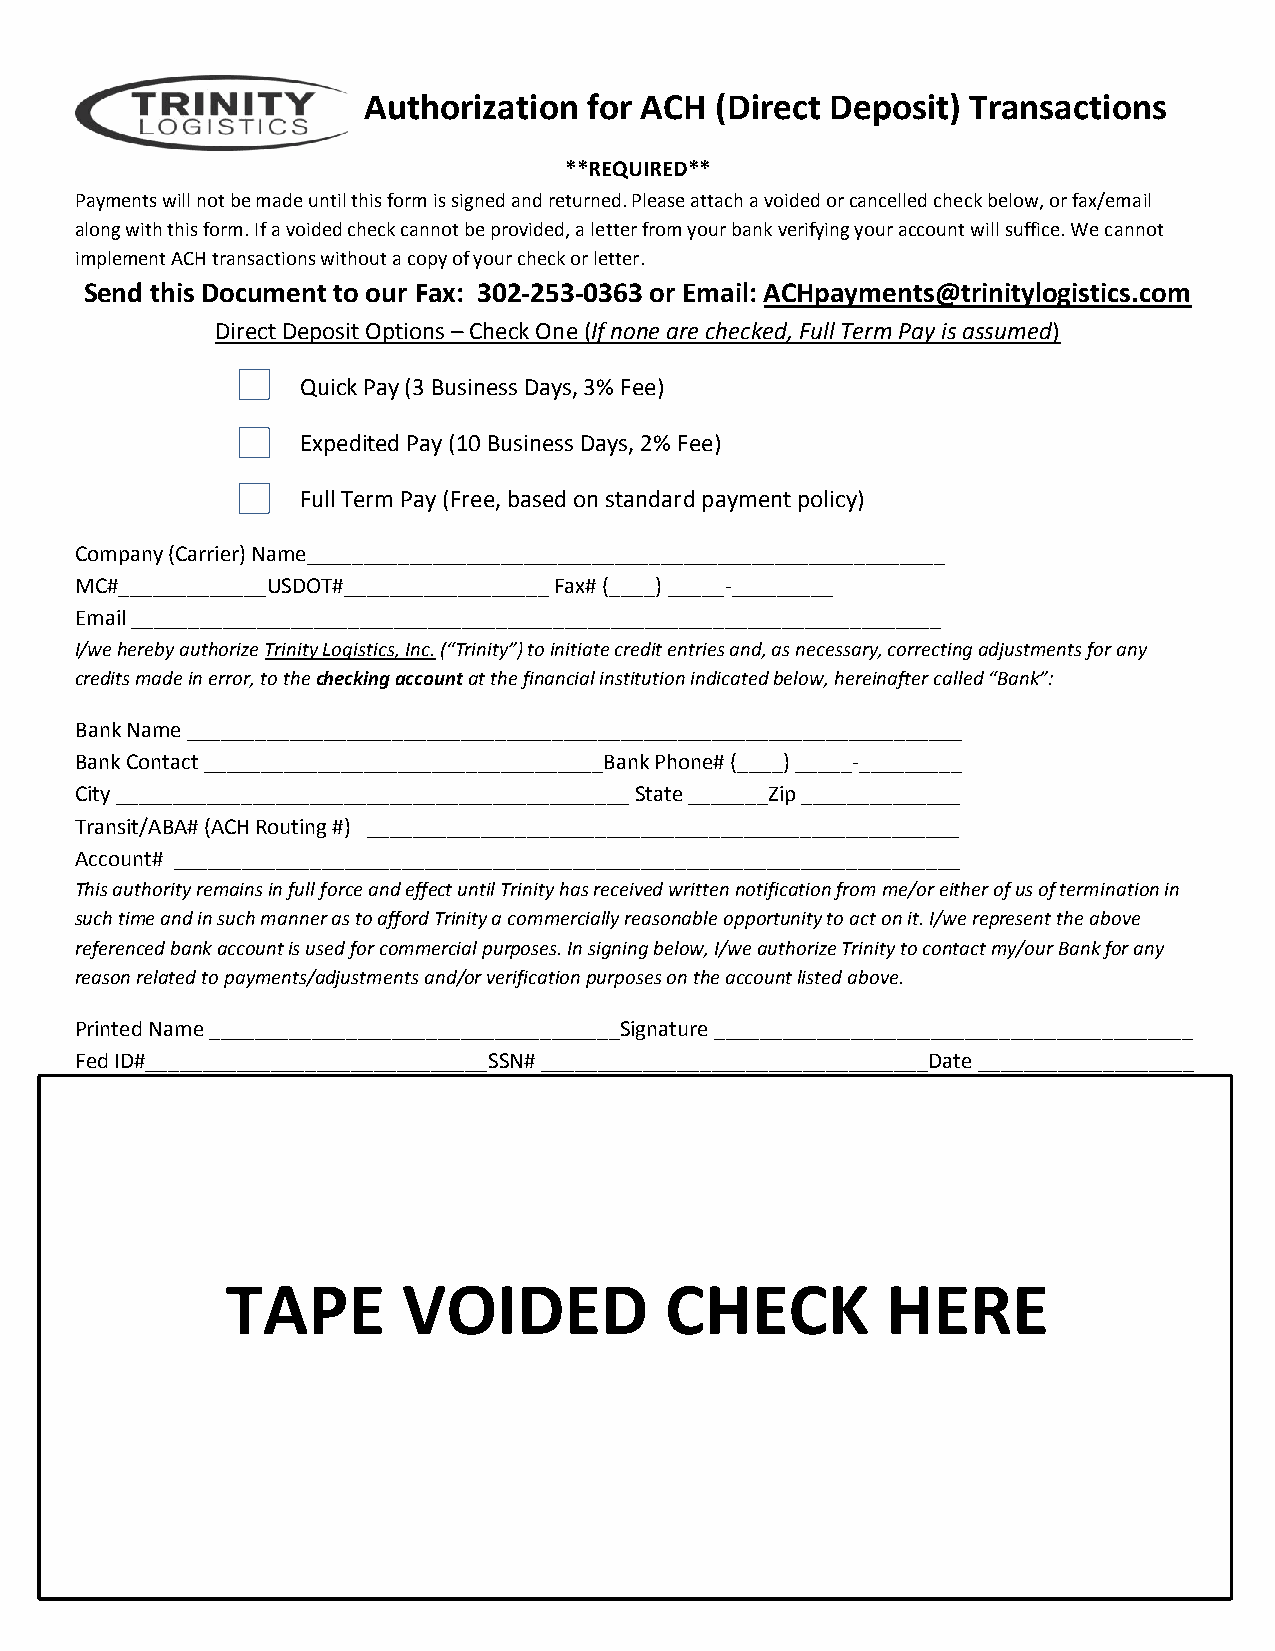
Authorization  for ACH (Direct Deposit) Transactions
 **REQUIRED**
 Payments will not be made until this form is signed and returned. Please attach a voided or cancelled check below, or fax/email
 along with this form. If a voided check cannot be provided, a letter from your bank verifying your account will suffice. We cannot
 implement ACH transactions without a copy of your check or letter.
 Send this Document to our Fax: 302-253-0363 or Email: ACHpayments@trinitylogistics.com
 Direct Deposit Options – Check One (If none are checked, Full Term Pay is assumed)
 Quick Pay (3 Business Days, 3% Fee)
 Expedited Pay (10 Business Days, 2% Fee)
 Full Term Pay (Free, based on standard payment policy)
 Company (Carrier) Name________________________________________________________
 MC#_____________USDOT#__________________ Fax# (____) _____-_________
 Email _______________________________________________________________________
 I/we hereby authorize Trinity Logistics, Inc. (“Trinity”) to initiate credit entries and, as necessary, correcting adjustments for any
 credits made in error, to the checking account at the financial institution indicated below, hereinafter called “Bank”:
 Bank Name ____________________________________________________________________
 Bank Contact ___________________________________Bank Phone# (____) _____-_________
 City _____________________________________________ State _______Zip ______________
 Transit/ABA# (ACH Routing #) ____________________________________________________
 Account# _____________________________________________________________________
 This authority remains in full force and effect until Trinity has received written notification from me/or either of us of termination in
 such time and in such manner as to afford Trinity a commercially reasonable opportunity to act on it. I/we represent the above
 referenced bank account is used for commercial purposes. In signing below, I/we authorize Trinity to contact my/our Bank for any
 reason related to payments/adjustments and/or verification purposes on the account listed above.
 Printed Name ____________________________________Signature __________________________________________
 Fed ID#______________________________SSN# __________________________________Date ___________________
 TAPE        VOIDED           CHECK          HERE